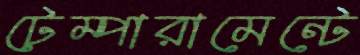
টেম্পারামেন্টে